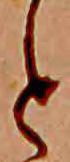
と